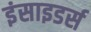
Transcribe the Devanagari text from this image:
इंसाइडर्स